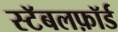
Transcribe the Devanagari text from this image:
स्टॅबलफ़ॉर्ड